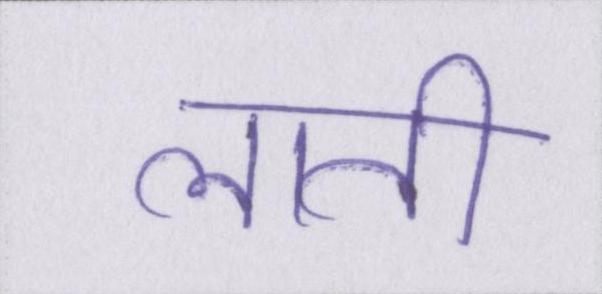
लाती